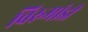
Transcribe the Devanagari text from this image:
विरुमांडी